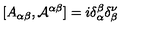
[ A _ { \alpha \beta } , { \cal { A } } ^ { \alpha \beta } ] = i \delta _ { \alpha } ^ { \beta } \delta _ { \beta } ^ { \nu }